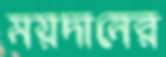
ময়দানের